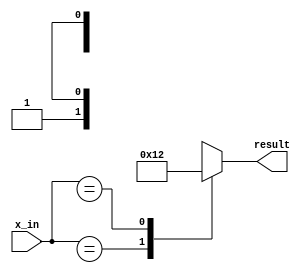
module x_based_case_statement (
    input wire [1:0] x_in,
    output reg [3:0] result
);

always @(*) begin
    case(x_in)
        2'b0x: result = 4'b0001;
        2'b1x: result = 4'b0010;
        default: result = 4'b1111;
    endcase
end

endmodule